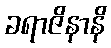
ခရာဇိနာနိ